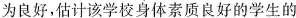
为良好，估计该学校身体素质良好的学生的